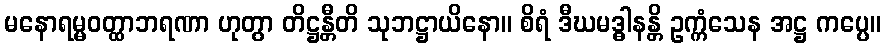
မနောရမ္မဝတ္ထာဘရဏာ ဟုတွာ တိဋ္ဌန္တီတိ သုဘဋ္ဌာယိနော။ စိရံ ဒီဃမဒ္ဓါနန္တိ ဥက္ကံသေန အဋ္ဌ ကပ္ပေ။